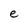
Character: e